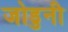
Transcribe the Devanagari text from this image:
जोडुनी